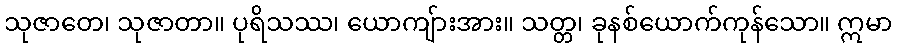
သုဇာတေ၊ သုဇာတာ။ ပုရိသဿ၊ ယောကျ်ားအား။ သတ္တ၊ ခုနစ်ယောက်ကုန်သော။ ဣမာ